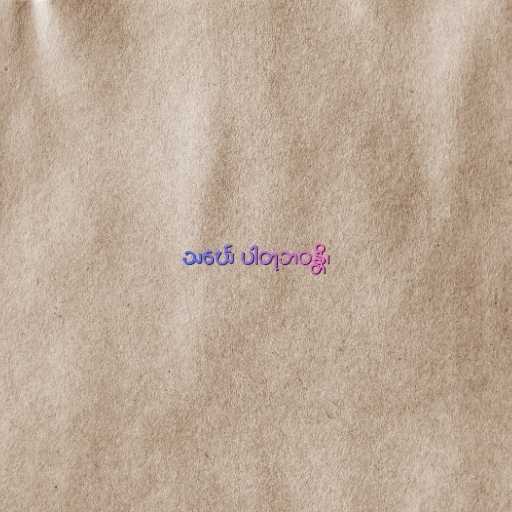
သင်္ဃေ ပါတုဘဝန္တိ၊